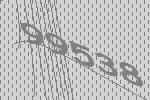
99538